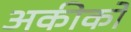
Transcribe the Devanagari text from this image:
अकीको